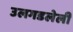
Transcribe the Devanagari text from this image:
उलगडलेली